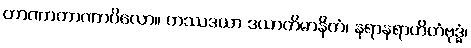
တာဏာတာဏာပိလော။ ကဿဒယာ ဒယာတိမာနိတံ၊ နရာနရာဟိတံဗုဒ္ဓံ၊